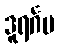
ဒူရင်္ဂမ